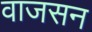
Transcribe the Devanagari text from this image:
वाजसन